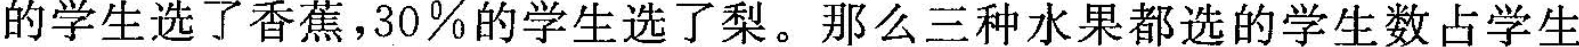
的学生选了香蕉，30%的学生选了梨。那么三种水果都选的学生数占学生